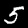
Label: 5